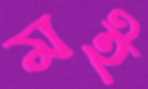
মই